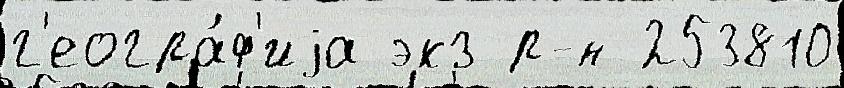
г'еогра́ф'иjа экз р-н 253810